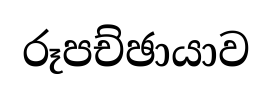
රූපච්ඡායාව